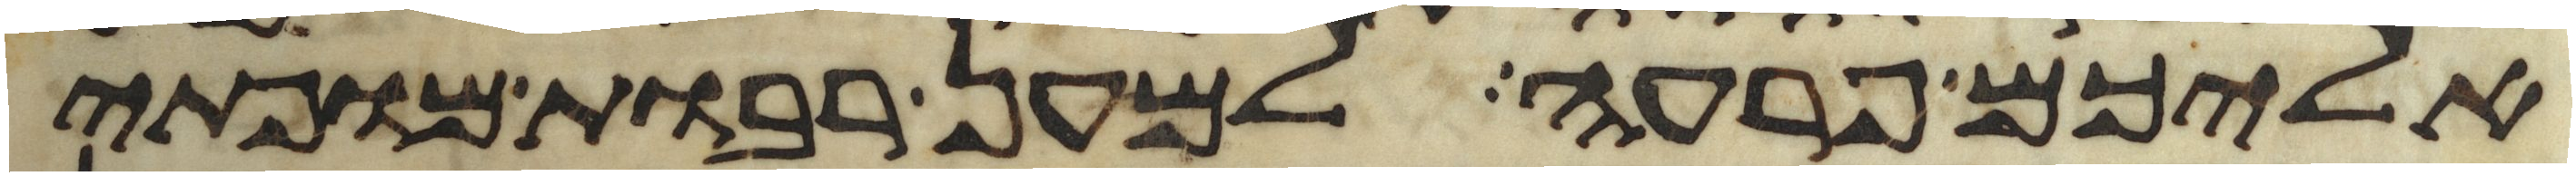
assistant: אליכם פרעה למען רבות מופתי